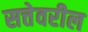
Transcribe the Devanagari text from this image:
सत्तेवरील